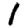
Digit: 1